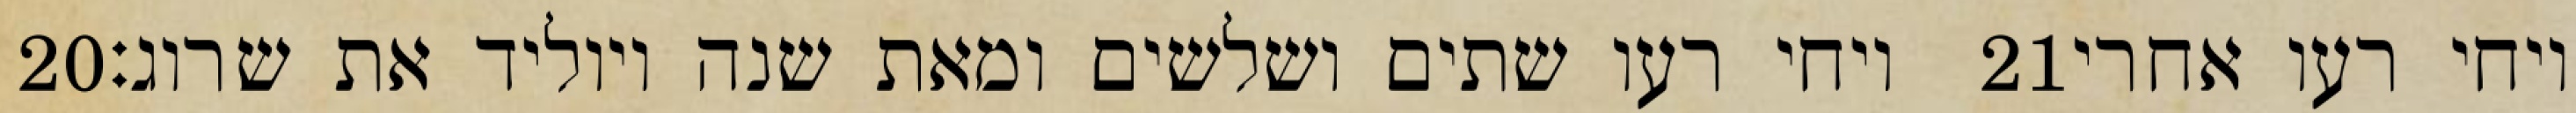
‎20‏ ויחי רעו שתים ושלשים ומאת שנה ויוליד את שרוג׃ ‎21‏ ויחי רעו אחרי